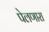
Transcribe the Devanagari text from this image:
पेलणारा